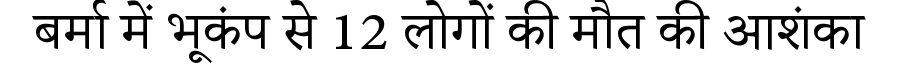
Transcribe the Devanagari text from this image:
बर्मा में भूकंप से 12 लोगों की मौत की आशंका